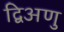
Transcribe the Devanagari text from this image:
द्विअणु